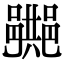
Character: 𨞠